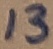
Text: 13